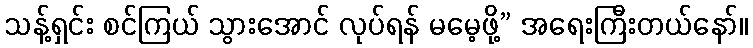
သန့်ရှင်း စင်ကြယ် သွားအောင် လုပ်ရန် မမေ့ဖို့” အရေးကြီးတယ်နော်။